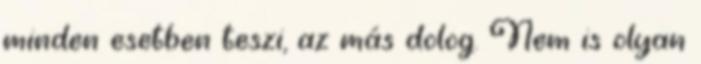
minden esetben teszi, az más dolog. Nem is olyan